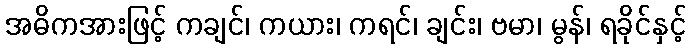
အဓိကအားဖြင့် ကချင်၊ ကယား၊ ကရင်၊ ချင်း၊ ဗမာ၊ မွန်၊ ရခိုင်နှင့်